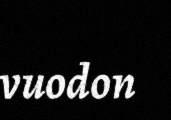
vuodon